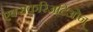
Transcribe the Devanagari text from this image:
एक्सकरिअटिओन्